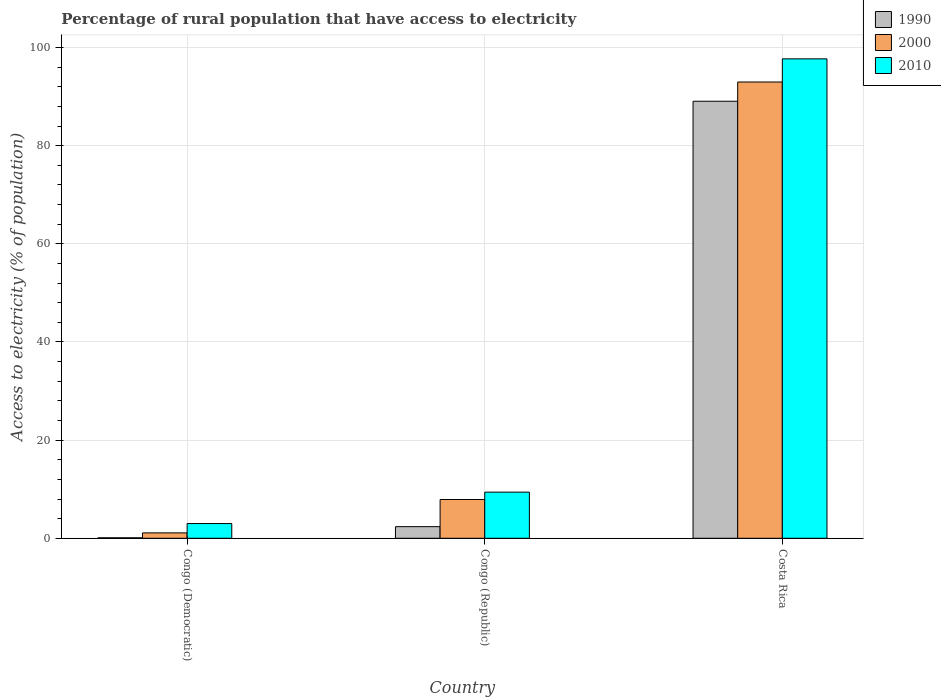
| Country | 1990 | 2000 | 2010 |
 | --- | --- | --- | --- |
 | Congo (Democratic) | 0.1 | 1.1 | 3 |
 | Congo (Republic) | 2.37 | 7.9 | 9.4 |
 | Costa Rica | 89.1 | 93 | 97.7 |